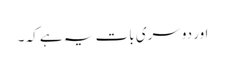
اور دوسری بات یہ ہے کہ ۔